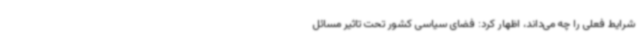
شرایط فعلی را چه می‌داند، اظهار کرد: فضای سیاسی کشور تحت تاثیر مسائل